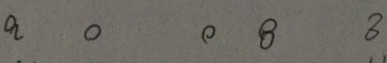
a 0 0 8 8